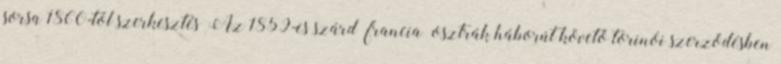
sorsa 1860-tól szerkesztés Az 1859-es szárd–francia–osztrák háborút követő torinói szerződésben